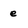
Character: e